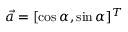
\vec { a } = [ \cos { \alpha } , \sin { \alpha } ] ^ { T }